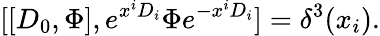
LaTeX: [[D_{0},\Phi],e^{x^{i}D_{i}}\Phi e^{-x^{i}D_{i}}]=\delta^{3}(x_{i}).